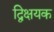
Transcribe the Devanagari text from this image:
द्विक्षयक